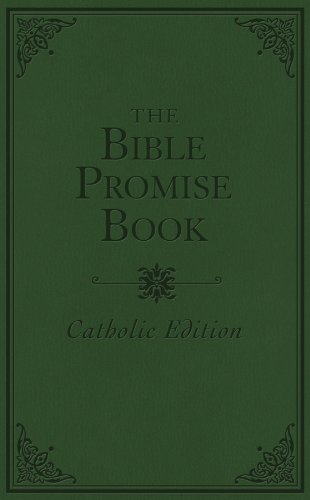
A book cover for THE BIBLE PROMISE BOOK - CATHOLIC EDITION; Compiled by Barbour Staff; Christian Books & Bibles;